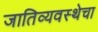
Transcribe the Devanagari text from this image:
जातिव्यवस्थेचा